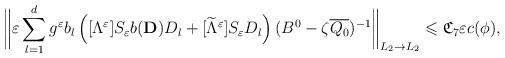
LaTeX: \begin{align*}\biggl\Vert \varepsilon \sum _{l=1}^d g^\varepsilon b_l\left([\Lambda ^\varepsilon]S_\varepsilon b(\mathbf{D})D_l +[\widetilde{\Lambda }^\varepsilon ]S_\varepsilon D_l \right) (B^0-\zeta \overline{Q_0})^{-1} \biggr\Vert _{L_2\rightarrow L_2}\leqslant \mathfrak{C}_7\varepsilon c(\phi),\end{align*}